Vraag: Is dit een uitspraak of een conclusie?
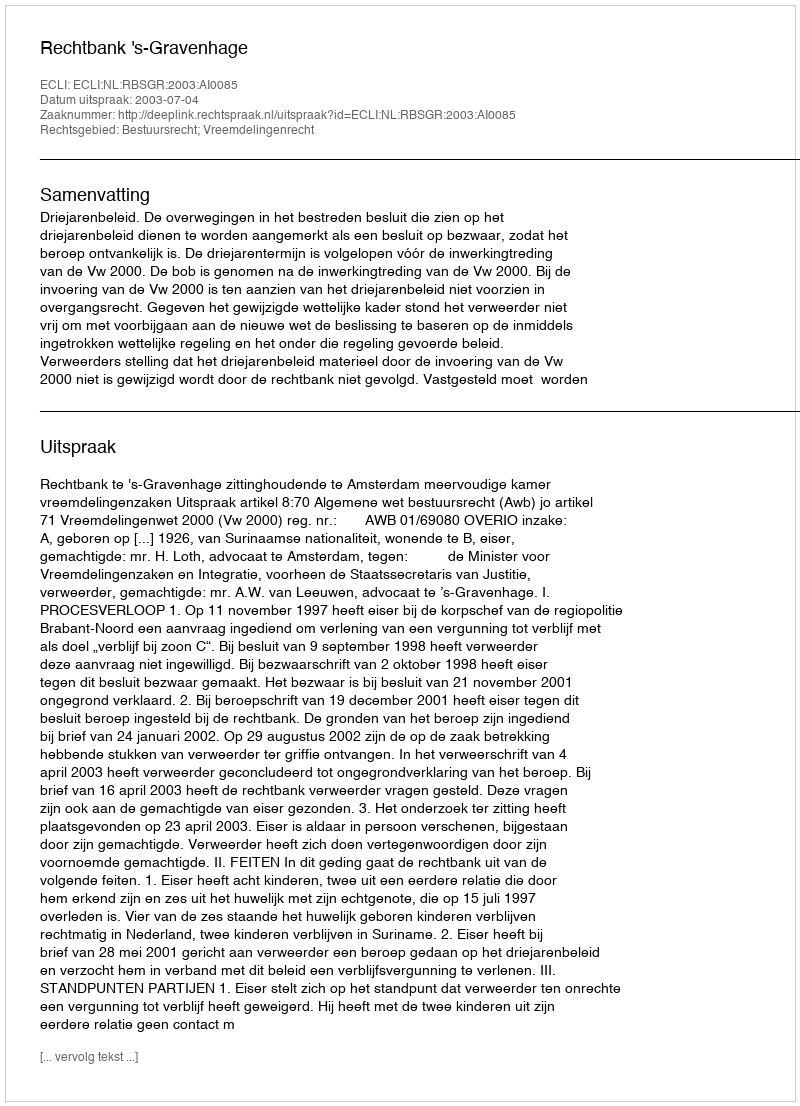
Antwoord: Uitspraak